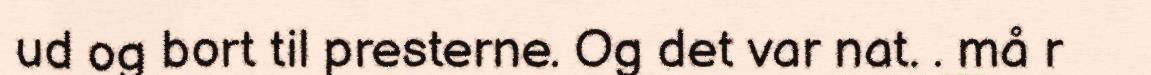
ud og bort til presterne. Og det var nat. . må r